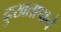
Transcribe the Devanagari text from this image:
दुःखतापाने